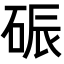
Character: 𪿟